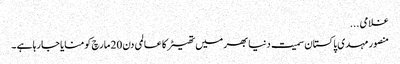
غلامی ...
منصور مہدی پاکستان سمیت دنیا بھر میں تھیٹر کا عالمی دن 20 مارچ کو منایا جا رہا ہے ۔